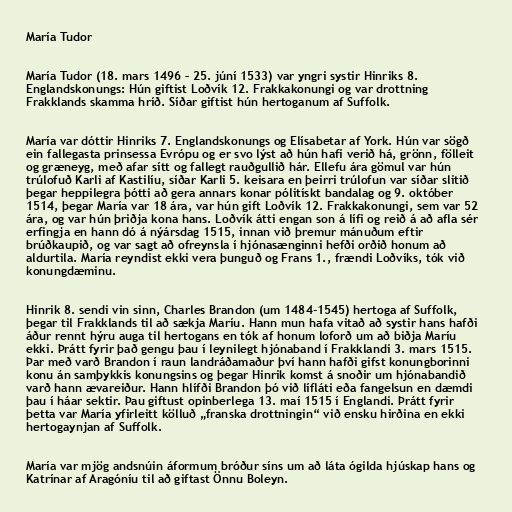
María Tudor

María Tudor (18. mars 1496 – 25. júní 1533) var yngri systir Hinriks 8.
Englandskonungs: Hún giftist Loðvík 12. Frakkakonungi og var drottning
Frakklands skamma hríð. Síðar giftist hún hertoganum af Suffolk.

María var dóttir Hinriks 7. Englandskonungs og Elísabetar af York. Hún var sögð
ein fallegasta prinsessa Evrópu og er svo lýst að hún hafi verið há, grönn, fölleit
og græneyg, með afar sítt og fallegt rauðgullið hár. Ellefu ára gömul var hún
trúlofuð Karli af Kastilíu, síðar Karli 5. keisara en þeirri trúlofun var síðar slitið
þegar heppilegra þótti að gera annars konar pólitískt bandalag og 9. október
1514, þegar María var 18 ára, var hún gift Loðvík 12. Frakkakonungi, sem var 52
ára, og var hún þriðja kona hans. Loðvík átti engan son á lífi og reið á að afla sér
erfingja en hann dó á nýársdag 1515, innan við þremur mánuðum eftir
brúðkaupið, og var sagt að ofreynsla í hjónasænginni hefði orðið honum að
aldurtila. María reyndist ekki vera þunguð og Frans 1., frændi Loðvíks, tók við
konungdæminu.

Hinrik 8. sendi vin sinn, Charles Brandon (um 1484-1545) hertoga af Suffolk,
þegar til Frakklands til að sækja Maríu. Hann mun hafa vitað að systir hans hafði
áður rennt hýru auga til hertogans en tók af honum loforð um að biðja Maríu
ekki. Þrátt fyrir það gengu þau í leynilegt hjónaband í Frakklandi 3. mars 1515.
Þar með varð Brandon í raun landráðamaður því hann hafði gifst konungborinni
konu án samþykkis konungsins og þegar Hinrik komst á snoðir um hjónabandið
varð hann ævareiður. Hann hlífði Brandon þó við lífláti eða fangelsun en dæmdi
þau í háar sektir. Þau giftust opinberlega 13. maí 1515 í Englandi. Þrátt fyrir
þetta var María yfirleitt kölluð „franska drottningin“ við ensku hirðina en ekki
hertogaynjan af Suffolk.

María var mjög andsnúin áformum bróður síns um að láta ógilda hjúskap hans og
Katrínar af Aragóníu til að giftast Önnu Boleyn.